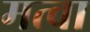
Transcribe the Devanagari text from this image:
मत्वा